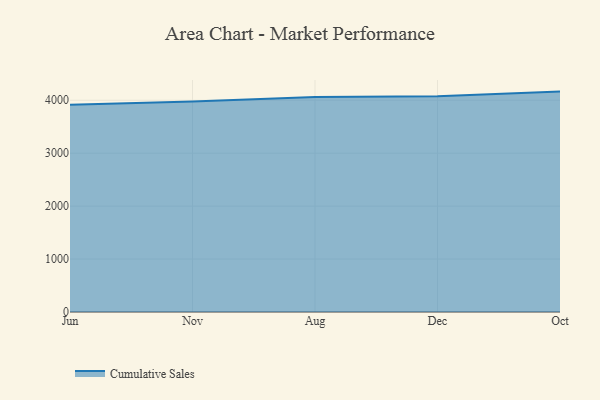
{"axis": {"x": "Month", "y": "LTV (USD)"}, "legend": ["Cumulative Sales"], "data": [{"x": "Jun", "y": 3913.5, "type": "Cumulative Sales"}, {"x": "Nov", "y": 3975.7, "type": "Cumulative Sales"}, {"x": "Aug", "y": 4063.2, "type": "Cumulative Sales"}, {"x": "Dec", "y": 4073.2, "type": "Cumulative Sales"}, {"x": "Oct", "y": 4163.1, "type": "Cumulative Sales"}]}